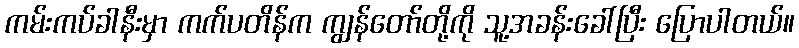
ကမ်းကပ်ခါနီးမှာ ကက်ပတိန်က ကျွန်တော်တို့ကို သူ့အခန်းခေါ်ပြီး ပြောပါတယ်။